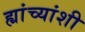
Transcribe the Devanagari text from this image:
ह्यांच्यांशी